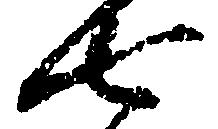
七